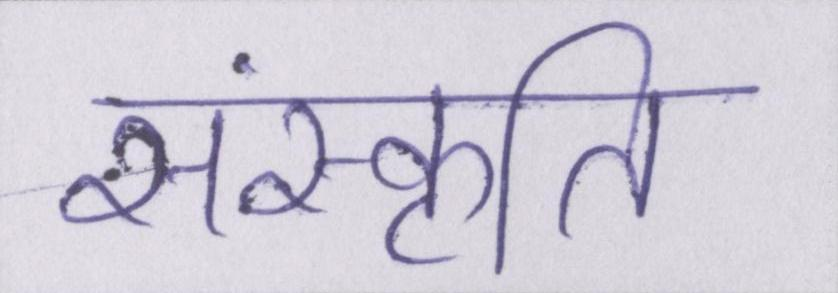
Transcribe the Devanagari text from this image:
संस्कॄति